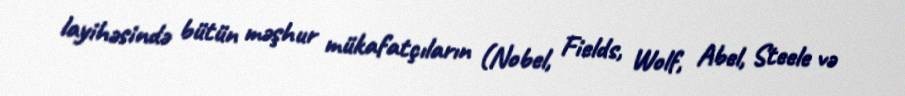
layihəsində bütün məşhur mükafatçıların (Nobel, Fields, Wolf, Abel, Steele və